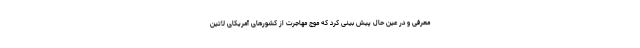
معرفی و در عین حال پیش بینی کرد که موج مهاجرت از کشورهای آمریکای لاتین